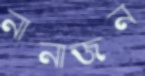
নানাজন